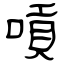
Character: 嗊